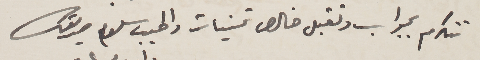
تتكرم بجواب وتقبل خالص تمنيات واطيب سلام صديقك